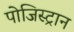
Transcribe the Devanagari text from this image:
पोजिस्ट्रान